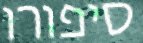
סיפורו